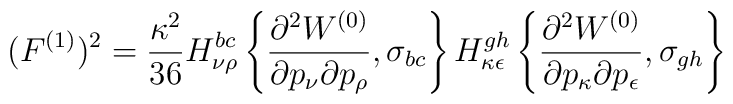
(F^{(1)})^2=	\frac{\kappa^2}{36}H_{\nu\rho}^{bc}\left\{\frac{\partial^2 W^{(0)}}	{\partial p_\nu\partial p_\rho},\sigma_{bc}\right\}	H_{\kappa\epsilon}^{gh}\left\{\frac{\partial^2 W^{(0)}}	{\partial p_\kappa\partial p_\epsilon},\sigma_{gh}\right\}